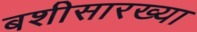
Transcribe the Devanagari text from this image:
बशीसारख्या